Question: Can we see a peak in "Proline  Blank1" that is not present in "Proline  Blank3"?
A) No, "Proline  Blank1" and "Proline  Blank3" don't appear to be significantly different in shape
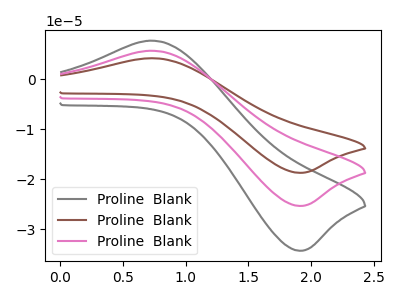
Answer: <think>The gray curve "Proline  Blank1" has an anodic peak at (0.70V, 7.70uA) and a cathodic peak at (1.90V, -34.30uA). The brown curve "Proline  Blank2" has an anodic peak at (0.70V, 11.40uA) and a cathodic peak at (1.90V, -50.65uA). The pink curve "Proline  Blank3" has an anodic peak at (0.70V, 5.70uA) and a cathodic peak at (1.90V, -25.35uA).
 All the peaks in "Proline  Blank1" have a peak in "Proline  Blank3" at the same potential. Every peak in "Proline  Blank1" is higher than every peak in "Proline  Blank3".</think>
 <answer>A) No, "Proline  Blank1" and "Proline  Blank3" don't appear to be significantly different in shape</answer>
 <eval>A</eval>